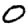
Digit: 0